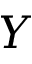
Y